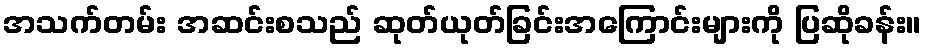
အသက်တမ်း အဆင်းစသည် ဆုတ်ယုတ်ခြင်းအကြောင်းများကို ပြဆိုခန်း။